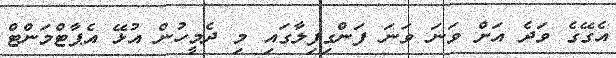
އެގޭގެ ވަދެ އަށް ވަނަ ވަނަ ފަންގިފިލާގައި މި ދެމީހުން އުޅޭ އެޕާޓްމަންޓް